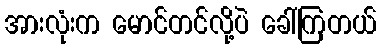
အားလုံးက မောင်တင်လို့ပဲ ခေါ်ကြတယ်